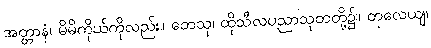
အတ္တာနံ၊ မိမိကိုယ်ကိုလည်း။ တေသု၊ ထိုသီလပညာသုတတို့၌။ တုလေယျ၊